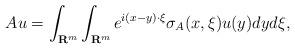
LaTeX: \begin{align*} A u = \int_{\mathbf{R}^m} \int_{\mathbf{R}^m} e^{i(x-y)\cdot \xi} \sigma_A(x,\xi)u(y)dyd\xi,\end{align*}